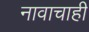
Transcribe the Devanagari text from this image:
नावाचाही